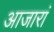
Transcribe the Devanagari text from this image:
आजारां